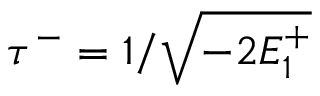
\tau ^ { - } = 1 / \sqrt { - 2 E _ { 1 } ^ { + } }